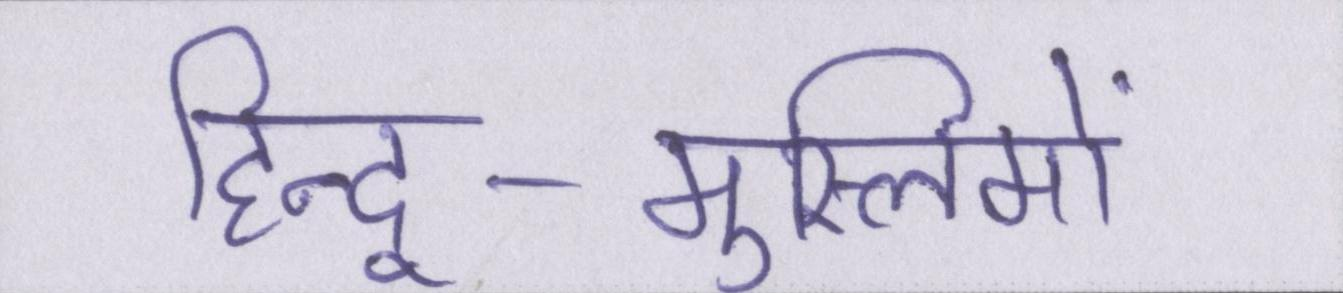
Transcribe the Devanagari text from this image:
हिन्दू-मुस्लिमों